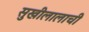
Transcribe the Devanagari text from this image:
सुखीलालाची